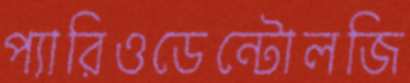
প্যারিওডেন্টোলজি